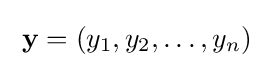
\;\mathbf {y} =(y_{1},y_{2},\ldots ,y_{n})\;